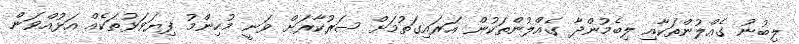
ލިބުނު ގެއްލުންތަކާއި ލިބެމުންދާ ގެއްލުންތަކުން އަރައިގަތުމަށް ސަރުކާރަށް ވަނީ މުހިންމު ފިޔަވަޅުތަކެއް އަޅުއްވަން